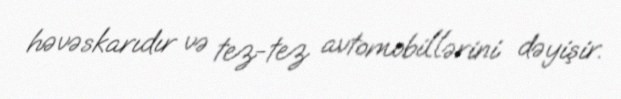
həvəskarıdır və tez-tez avtomobillərini dəyişir.